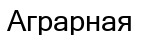
Аграрная